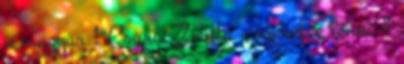
a magyar 1 Csurai Zsófia - szeretve lenni 4